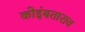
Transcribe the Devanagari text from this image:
कोइंबताराव